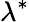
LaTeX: \lambda^{*}